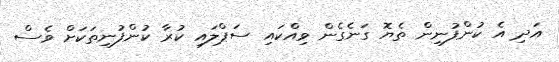
އަދި އެ ކުންފުނިން ތެޔޮ ގަނެގެން ވިއްކައި ސަޕްލައި ކުރާ ކުންފުނިތަކަށް ވެސް